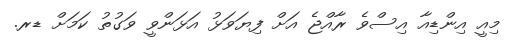
މިއީ އިންޑިއާ އިސްވެ ރާއްޖެ އަށް ފިޔަވަޅު އަޅަންވީ ވަގުތު ކަމަށް ޑރ.